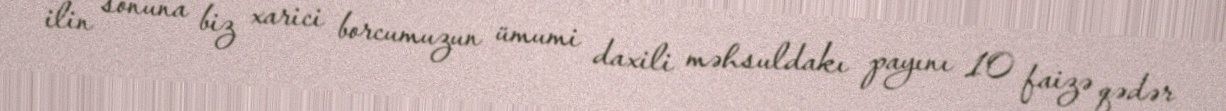
ilin sonuna biz xarici borcumuzun ümumi daxili məhsuldakı payını 10 faizə qədər